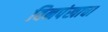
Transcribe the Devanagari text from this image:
बिनपंखाचा